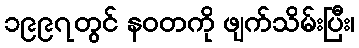
၁၉၉၇တွင် နဝတကို ဖျက်သိမ်းပြီး၊